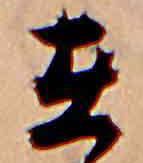
在